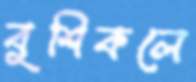
বুশিকলে